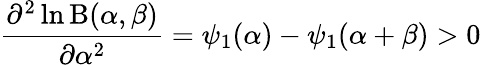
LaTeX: {\frac{\partial^{2}\ln\mathrm{B}(\alpha,\beta)}{\partial\alpha^{2}}}=\psi_{1}(\alpha)-\psi_{1}(\alpha+\beta)>0